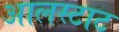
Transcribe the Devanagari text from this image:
आलस्टाट